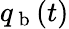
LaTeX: q_{\mathrm{~b~}}(t)